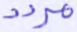
مردد